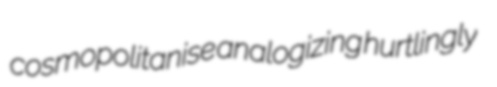
cosmopolitanise analogizing hurtlingly